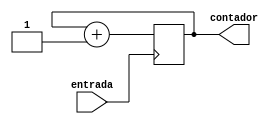
module contadorpulsos (input wire entrada, output reg [7:0] contador);

always @(negedge entrada)
begin
	contador=contador+1;
end

initial
begin
	contador=0;
end
endmodule